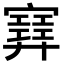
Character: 𡫳